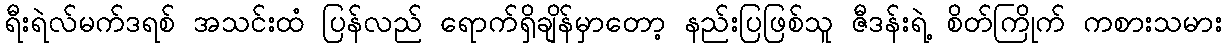
ရီးရဲလ်မက်ဒရစ် အသင်းထံ ပြန်လည် ရောက်ရှိချိန်မှာတော့ နည်းပြဖြစ်သူ ဇီဒန်းရဲ့ စိတ်ကြိုက် ကစားသမား